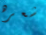
شعره